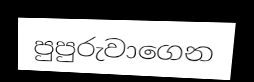
පුපුරුවාගෙන